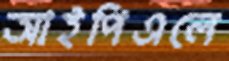
আইপিএলে